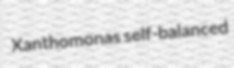
Xanthomonas self-balanced